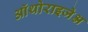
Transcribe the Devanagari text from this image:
ऑथोराइजेश्न